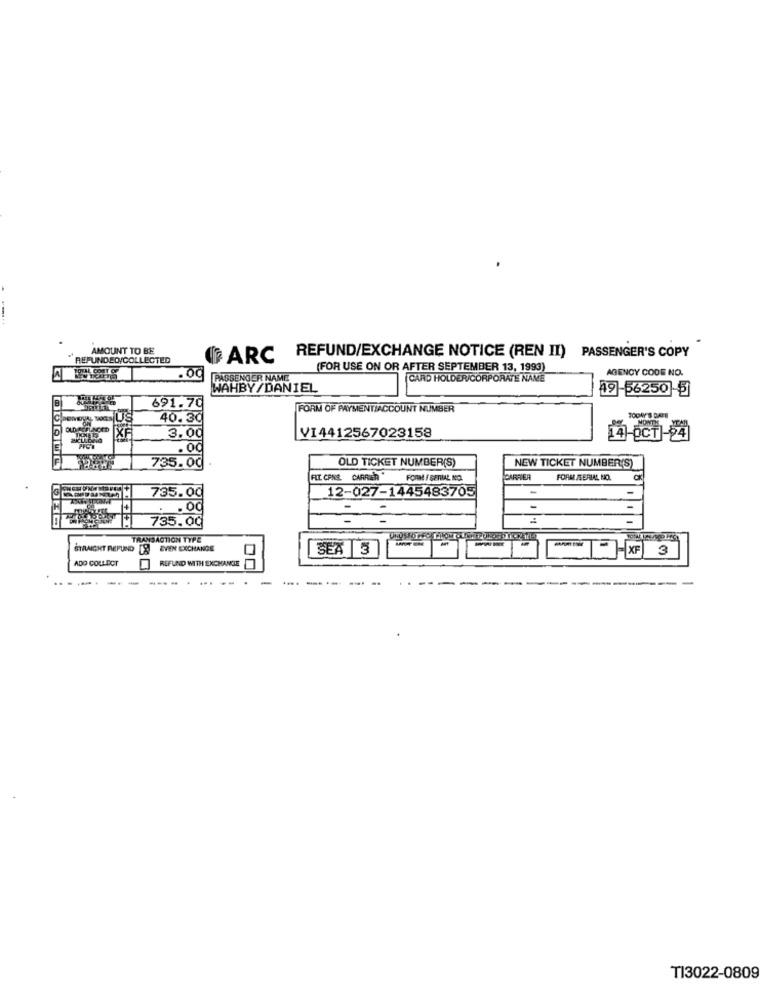
.
AMOUNT TO BE
REFUND/EXCHANGE NOTICE (REN II) PASSENGER'S COPY
REFUNDED/COLLECTED
IF ARC
TOAL COST OF
(FOR USE ON OR AFTER SEPTEMBER 13, 1993)
AGENCY CODE NO.
.00
PASSENGER NAME
CARD HOLDER/CORPORATE NAME
WAHBY/DANIEL
49-56250 5
691.70
FORM OF PAYMENTACCOUNT NUMBER
40.30
VI4412567023158
3.00
1-OCT -24
.00
735.00
OLD TICKET NUMBER(S)
NEW TICKET NUMBER(S)
FLT. CPNE. CARRIER *
FORM / SERIAL NO.
CARRIER
FORM ISERIAL NO.
12-027-1445483705
735.00
735.00
TRANSACTION TYPE
STRAIGHT REFUND
EVEN EXCHANGE
SEA 3
- XF
3
ADO COLLECT
REFUND WITH EXCHANGE
-
----
-
....
--
-
-
-
TI3022-0809